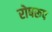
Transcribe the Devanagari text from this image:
रोषरूप